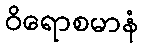
ဝိရောစမာနံ